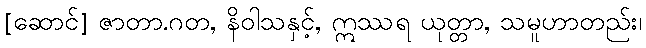
[ဆောင်] ဇာတာ.ဂတ, နိဝါသနှင့်, ဣဿရ ယုတ္တာ, သမူဟာတည်း၊